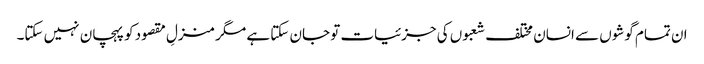
ان تمام گوشوں سے انسان مختلف شعبوں کی جزئیات تو جان سکتا ہے مگر منزلِ مقصود کو پہچان نہیں سکتا۔